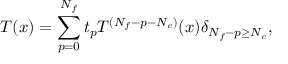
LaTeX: T ( x ) = \sum _ { p = 0 } ^ { N _ { f } } t _ { p } T ^ { ( N _ { f } - p - N _ { c } ) } ( x ) \delta _ { N _ { f } - p \geq N _ { c } } ,